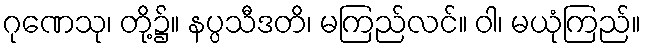
ဂုဏေသု၊ တို့၌။ နပ္ပသီဒတိ၊ မကြည်လင်။ ဝါ၊ မယုံကြည်။